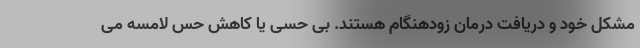
مشکل خود و دریافت درمان زودهنگام هستند. بی حسی یا کاهش حس لامسه می